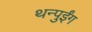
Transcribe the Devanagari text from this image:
थन्पुईंग